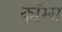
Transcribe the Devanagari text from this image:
कॉम्स